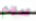
المؤلم